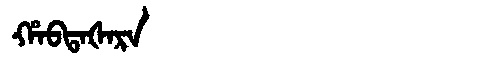
Manchu: ᡥᠠᠪᡨᠠᡧᠠᡵᠠ
Romanization: HABTAŠARA